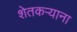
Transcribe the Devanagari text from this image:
शेतकऱ्याना